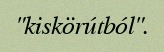
"kiskörútból".